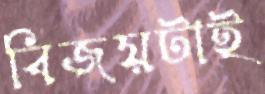
বিজয়টাই